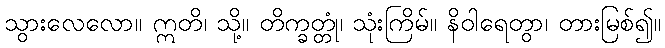
သွားလေလော။ ဣတိ၊ သို့။ တိက္ခတ္တုံ၊ သုံးကြိမ်။ နိဝါရေတွာ၊ တားမြစ်၍။